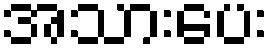
အသားပေး